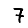
Digit: 7